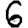
Digit: 6